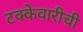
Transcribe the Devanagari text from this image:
टक्केवारीची